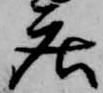
庄